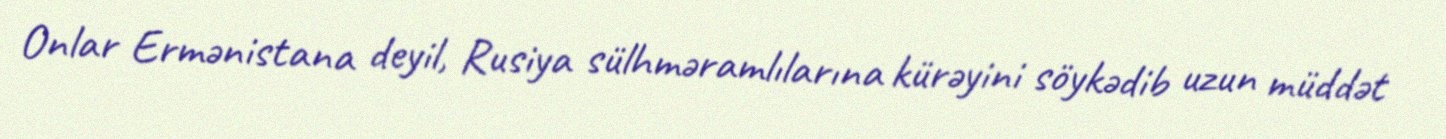
Onlar Ermənistana deyil, Rusiya sülhməramlılarına kürəyini söykədib uzun müddət